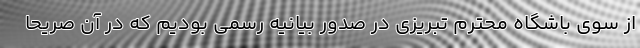
از سوی باشگاه محترم تبریزی در صدور بیانیه رسمی بودیم که در آن صریحاً